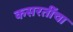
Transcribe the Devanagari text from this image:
कसरतींचा